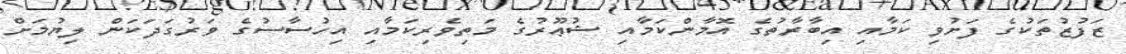
ޒަފުޒުތަކުގެ ފަށުވި ކަމާއި އިބާރާތުގެ އޮމާންކަމާއި ޝުޢޫރުގެ މަތިވެރިކަމާއި އިހުސާސުގެ ވަރުގަދަކަން ލިޔުމަށް